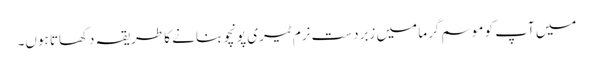
میں آپ کو موسم گرما میں زبردست نرم ٹیری پونچو بنانے کا طریقہ دکھاتا ہوں۔